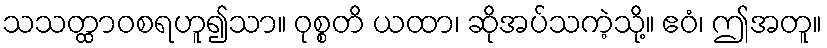
သသတ္ထာဝစရဟူ၍သာ။ ဝုစ္စတိ ယထာ၊ ဆိုအပ်သကဲ့သို့။ ဧဝံ၊ ဤအတူ။